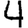
Digit: 4